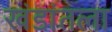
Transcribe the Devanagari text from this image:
खंडांतला